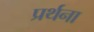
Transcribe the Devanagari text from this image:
प्रर्थना